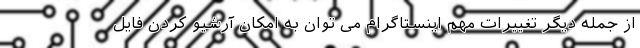
از جمله دیگر تغییرات مهم اینستاگرام می توان به امکان آرشیو کردن فایل